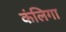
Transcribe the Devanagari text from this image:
कंलिगा